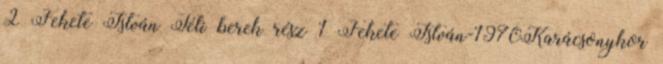
2 Fekete István Téli berek rész 1 Fekete István-1970Karácsonykor